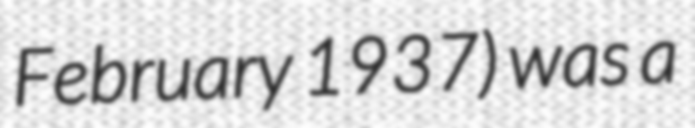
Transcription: February 1937) was a